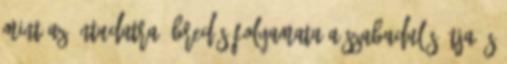
mint az öntudatra ébredés folyamata a szabadulás útja és